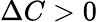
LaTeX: \Delta C>0